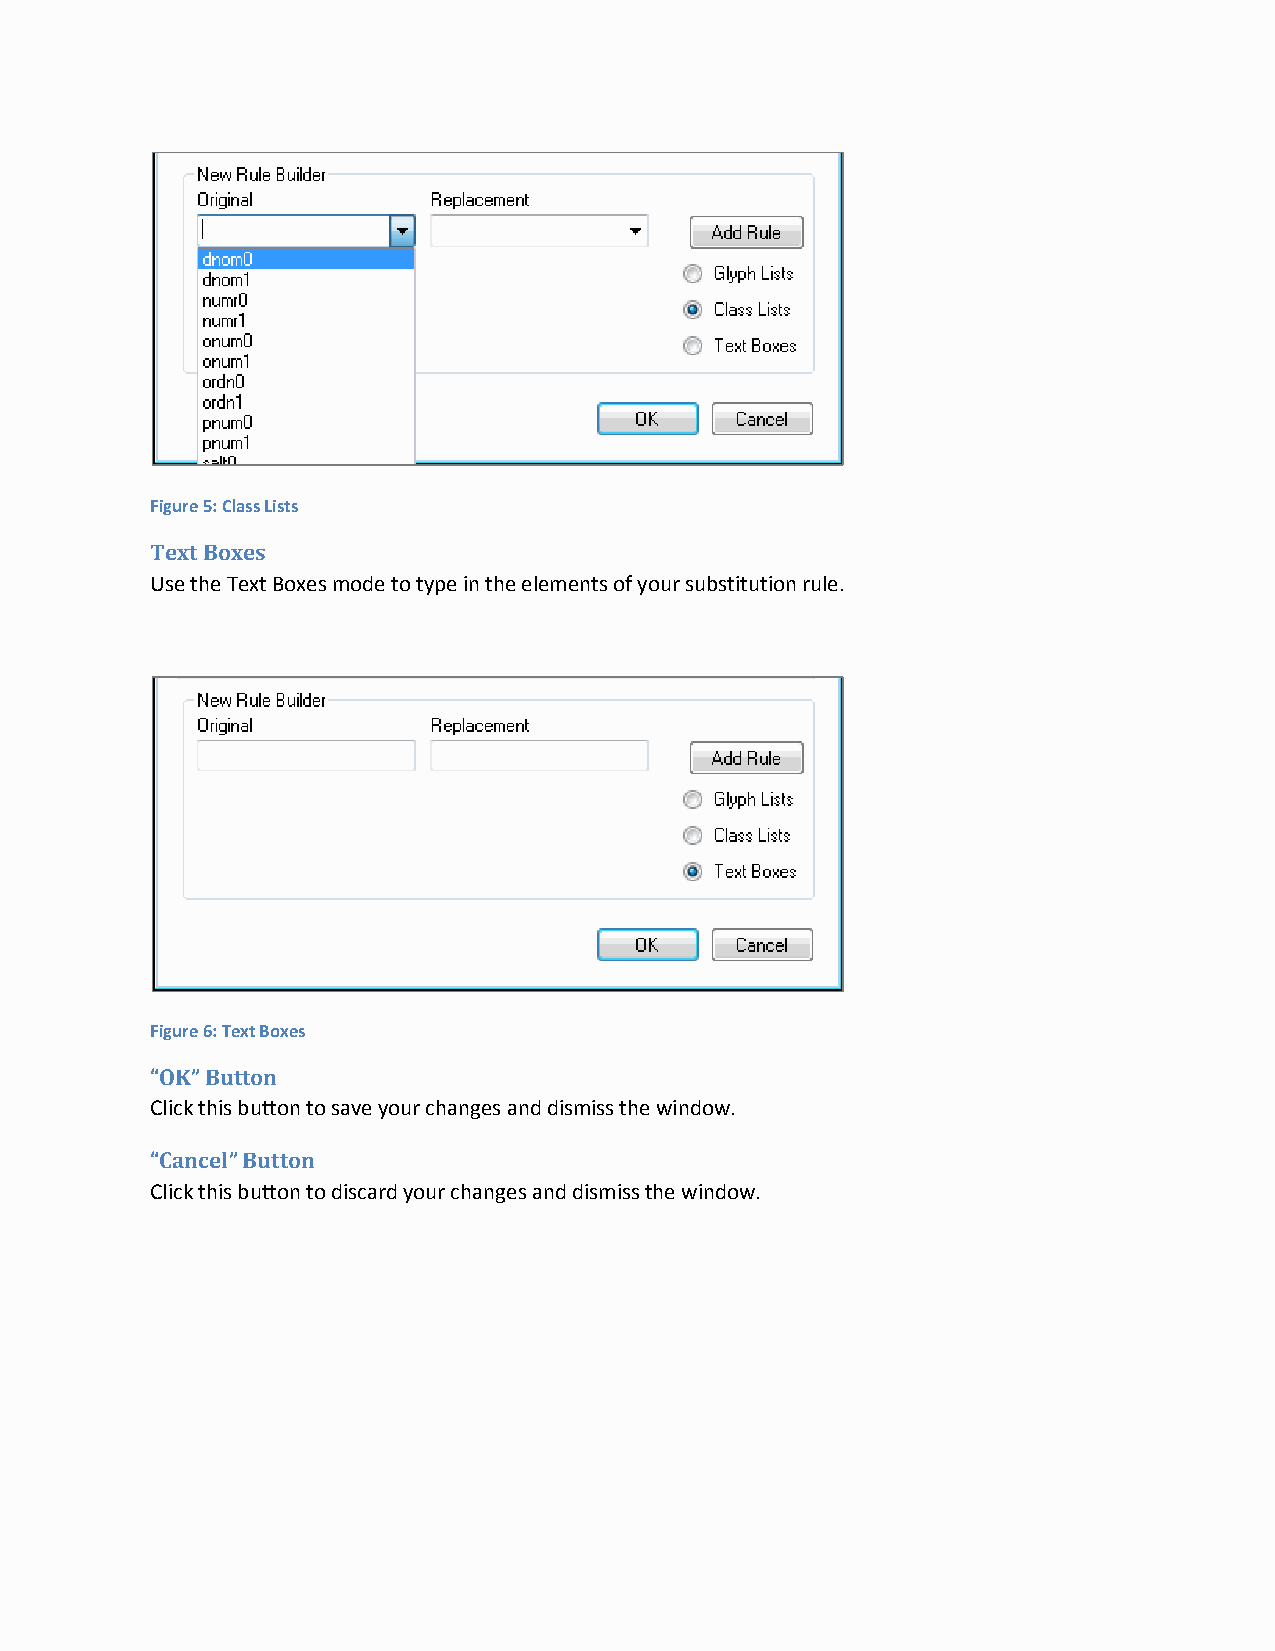
Figure 5: Class Lists
 Text Boxes
 Use the Text Boxes mode to type in the elements of your substitution rule.
 Figure 6: Text Boxes
 “OK” Button
 Click this button to save your changes and dismiss the window.
 “Cancel” Button
 Click this button to discard your changes and dismiss the window.